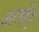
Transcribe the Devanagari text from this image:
अत्रे२